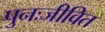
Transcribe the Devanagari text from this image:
पुनःजीवित